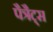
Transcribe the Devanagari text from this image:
पैत्रैट्स